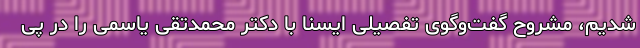
شدیم، مشروح گفت‌وگوی تفصیلی ایسنا با دکتر محمدتقی یاسمی را در پی